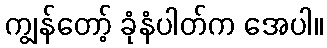
ကျွန်တော့် ခုံနံပါတ်က အေပါ။